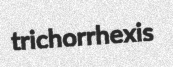
trichorrhexis